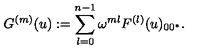
G ^ { ( m ) } ( u ) : = \sum _ { l = 0 } ^ { n - 1 } \omega ^ { m l } F ^ { ( l ) } ( u ) _ { 0 0 ^ { * } } .